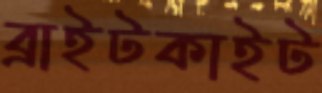
ব্রাইটকাইট